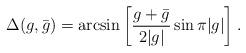
LaTeX: \begin{align*}\Delta(g,\bar g)= \arcsin{\left[{g+\bar g\over 2|g|}\,{\sin{\pi |g| }}\right]} \>.\end{align*}